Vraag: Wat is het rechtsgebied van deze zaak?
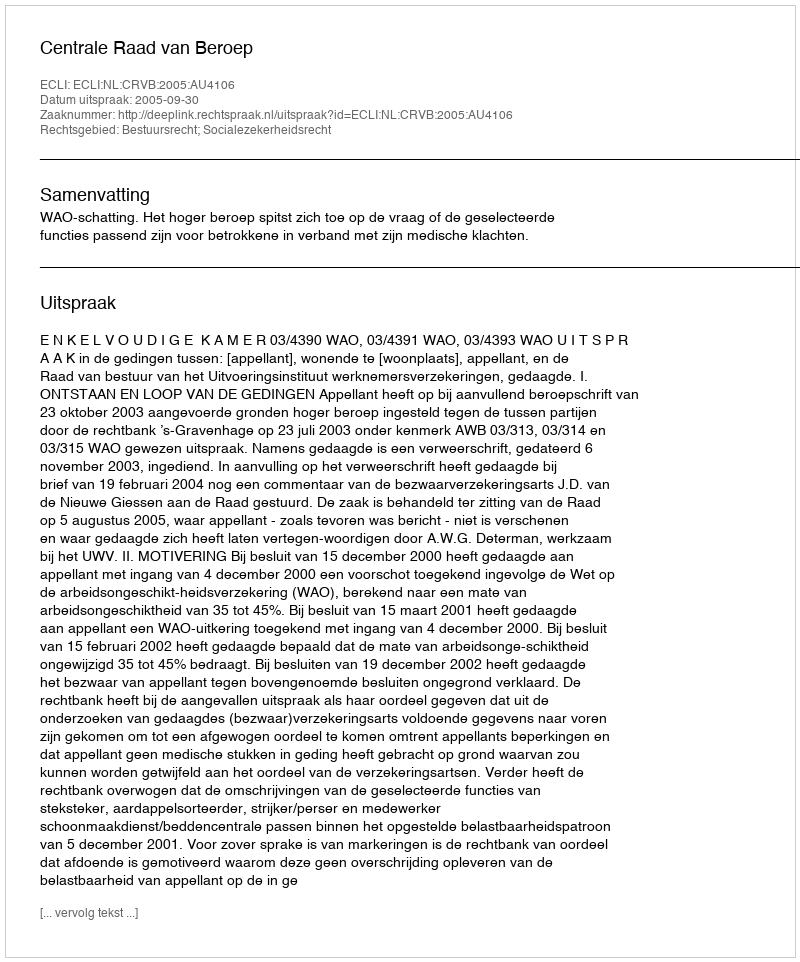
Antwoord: Bestuursrecht; Socialezekerheidsrecht